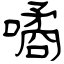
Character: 噊